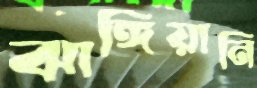
ঝাঙ্গিয়ানি